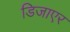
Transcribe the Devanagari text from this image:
डिजाएर